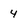
Character: 4